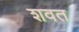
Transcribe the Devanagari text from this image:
शवत